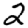
Digit: 2